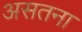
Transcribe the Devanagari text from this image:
असतना